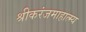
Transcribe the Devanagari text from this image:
श्रीकरंजमाहात्म्य